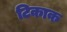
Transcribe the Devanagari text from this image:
टिकाक